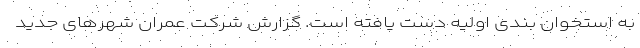
به استخوان بندی اولیه دست یافته است. گزارش شرکت عمران شهرهای جدید